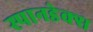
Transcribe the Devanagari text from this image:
स्पानडेक्स